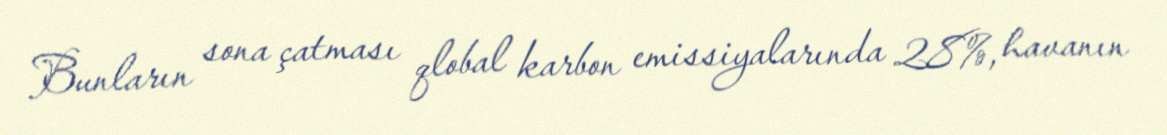
Bunların sona çatması qlobal karbon emissiyalarında 28%, havanın